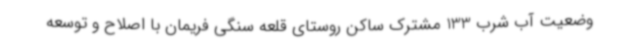
وضعیت آب شرب 133 مشترک ساکن روستای قلعه سنگی فریمان با اصلاح و توسعه